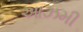
આઝમી